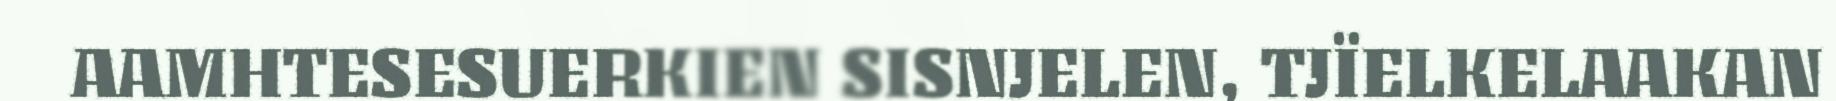
AAMHTESESUERKIEN SISNJELEN, TJÏELKELAAKAN